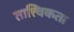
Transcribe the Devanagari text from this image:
तात्त्विकता